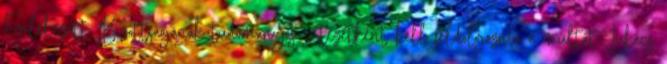
Emlékezett Bizottságának tudományos intézetként kell feldolgoznia a múltat. Lukács